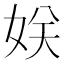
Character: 𭑹